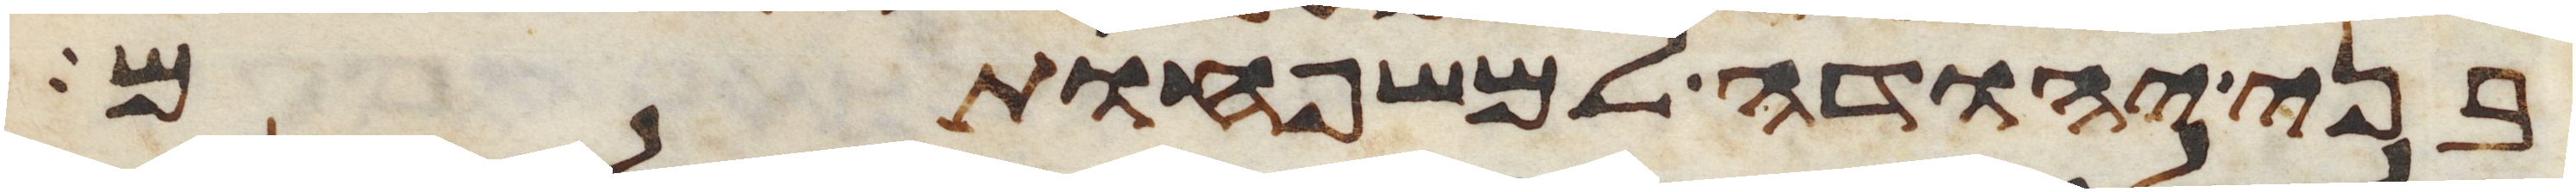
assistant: בני יהודה למשפחותם